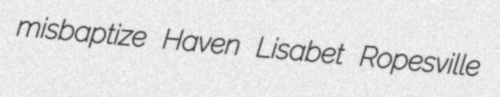
misbaptize Haven Lisabet Ropesville